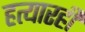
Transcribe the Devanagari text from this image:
हत्यारही